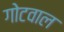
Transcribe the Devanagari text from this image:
गोटवाल